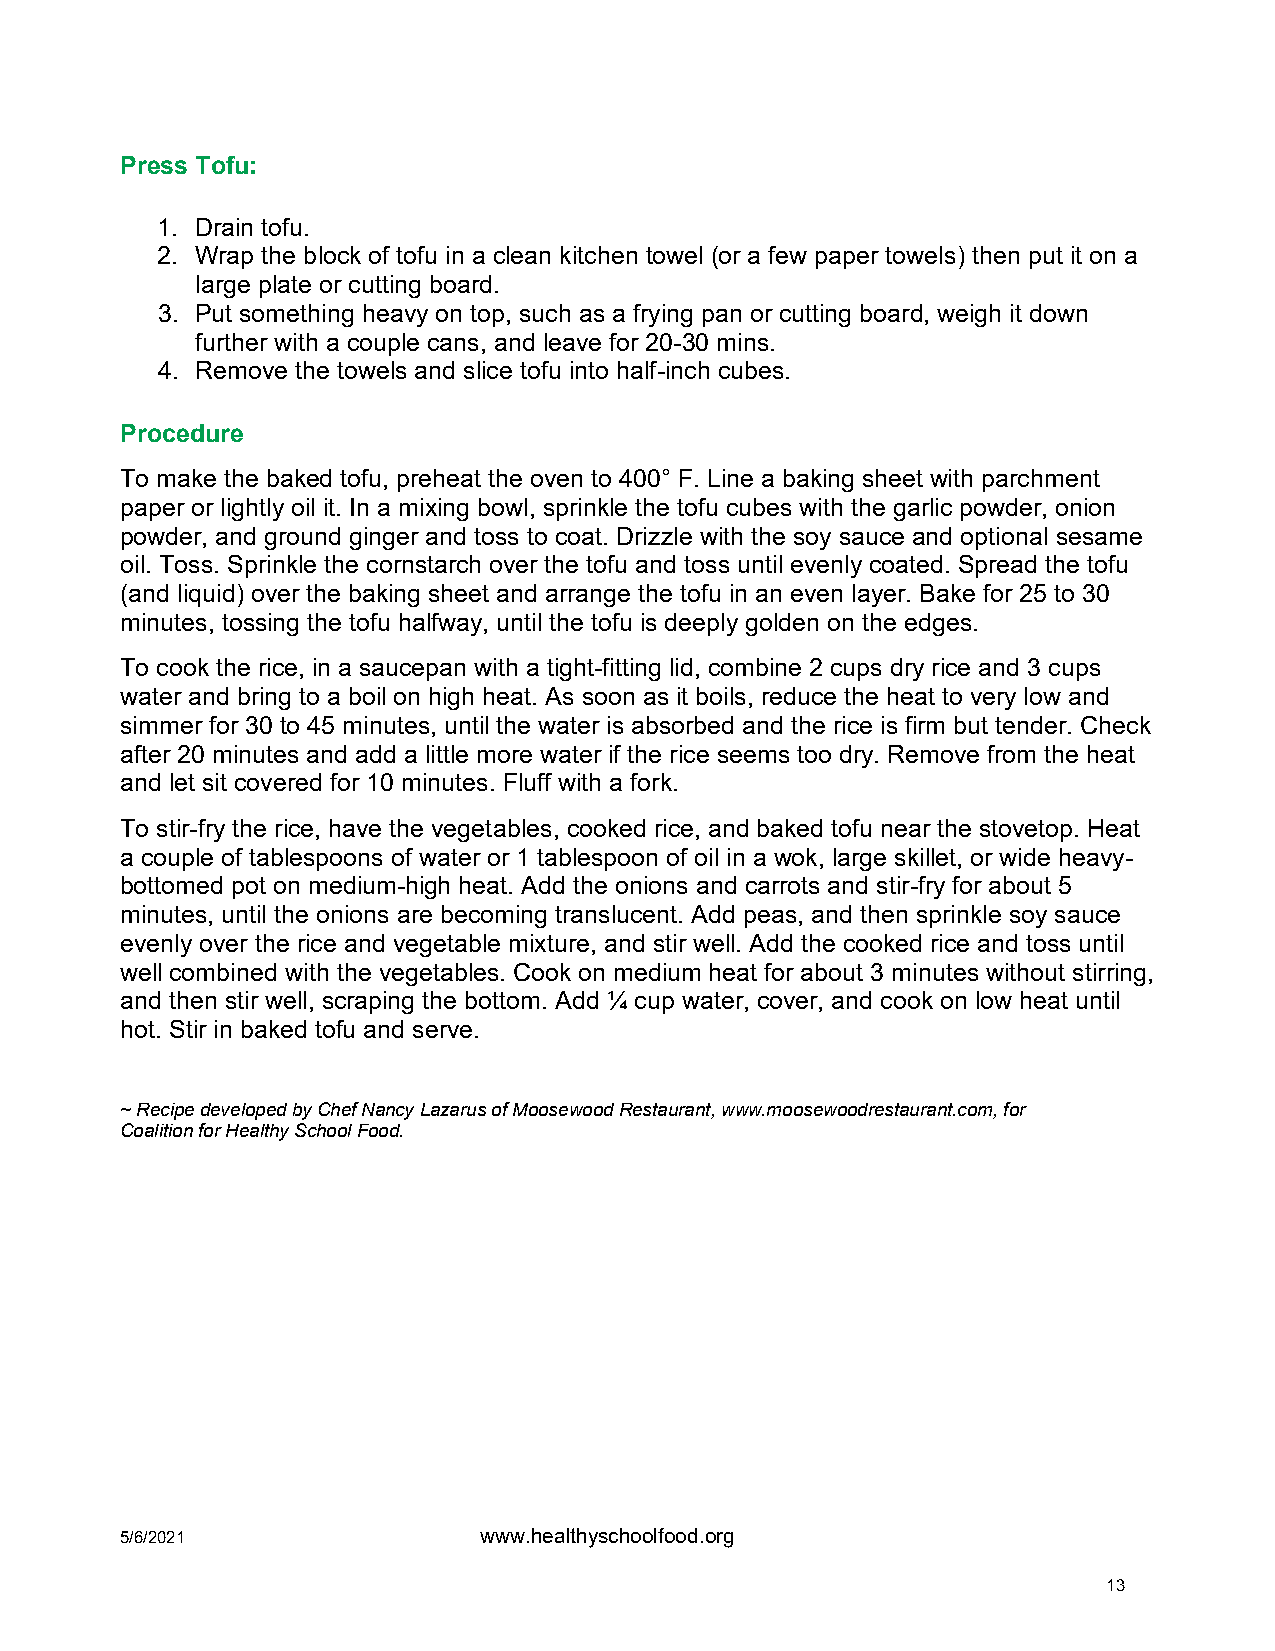
Press Tofu:
 1. Drain tofu.
 2. Wrap the block of tofu in a clean kitchen towel (or a few paper towels) then put it on a
 large plate or cutting board.
 3. Put something heavy on top, such as a frying pan or cutting board, weigh it down
 further with a couple cans, and leave for 20-30 mins.
 4. Remove the towels and slice tofu into half-inch cubes.
 Procedure
 To make the baked tofu, preheat the oven to 400° F. Line a baking sheet with parchment
 paper or lightly oil it. In a mixing bowl, sprinkle the tofu cubes with the garlic powder, onion
 powder, and ground ginger and toss to coat. Drizzle with the soy sauce and optional sesame
 oil. Toss. Sprinkle the cornstarch over the tofu and toss until evenly coated. Spread the tofu
 (and liquid) over the baking sheet and arrange the tofu in an even layer. Bake for 25 to 30
 minutes, tossing the tofu halfway, until the tofu is deeply golden on the edges.
 To cook the rice, in a saucepan with a tight-fitting lid, combine 2 cups dry rice and 3 cups
 water and bring to a boil on high heat. As soon as it boils, reduce the heat to very low and
 simmer for 30 to 45 minutes, until the water is absorbed and the rice is firm but tender. Check
 after 20 minutes and add a little more water if the rice seems too dry. Remove from the heat
 and let sit covered for 10 minutes. Fluff with a fork.
 To stir-fry the rice, have the vegetables, cooked rice, and baked tofu near the stovetop. Heat
 a couple of tablespoons of water or 1 tablespoon of oil in a wok, large skillet, or wide heavy-
 bottomed pot on medium-high heat. Add the onions and carrots and stir-fry for about 5
 minutes, until the onions are becoming translucent. Add peas, and then sprinkle soy sauce
 evenly over the rice and vegetable mixture, and stir well. Add the cooked rice and toss until
 well combined with the vegetables. Cook on medium heat for about 3 minutes without stirring,
 and then stir well, scraping the bottom. Add ¼ cup water, cover, and cook on low heat until
 hot. Stir in baked tofu and serve.
 ~ Recipe developed by Chef Nancy Lazarus of Moosewood Restaurant, www.moosewoodrestaurant.com, for
 Coalition for Healthy School Food.
 5/6/2021                www.healthyschoolfood.org
 13